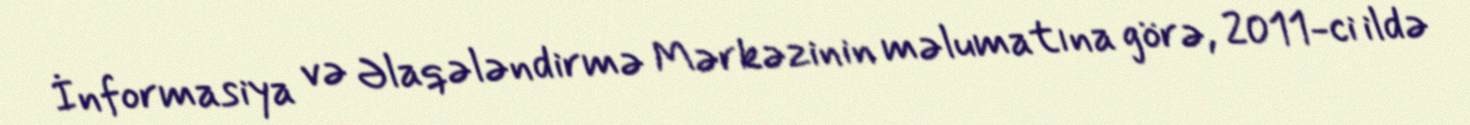
İnformasiya və Əlaqələndirmə Mərkəzinin məlumatına görə, 2011-ci ildə